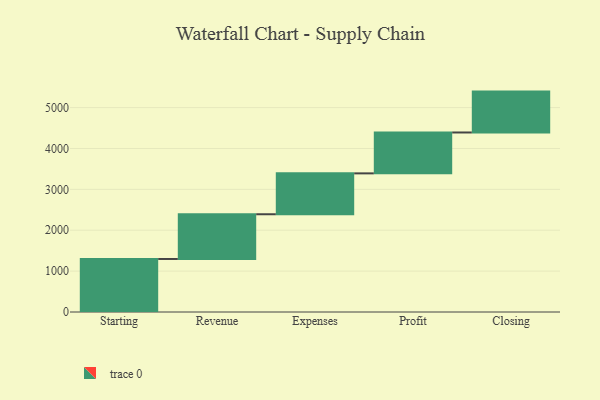
{"axis": {"x": "Step", "y": "Value"}, "legend": [""], "data": [{"x": "Starting", "y": 1297.0, "type": ""}, {"x": "Revenue", "y": 1094.0, "type": ""}, {"x": "Expenses", "y": 1000, "type": ""}, {"x": "Profit", "y": 1000, "type": ""}, {"x": "Closing", "y": 1000, "type": ""}]}